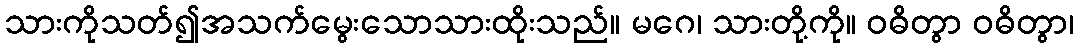
သားကိုသတ်၍အသက်မွေးသောသားထိုးသည်။ မဂေ၊ သားတို့ကို။ ဝဓိတွာ ဝဓိတွာ၊